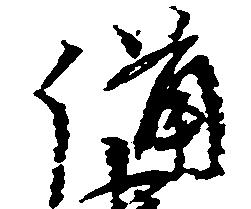
備